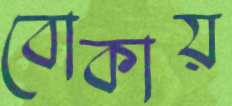
বোকায়